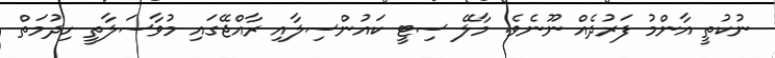
ނުކުތީ އާންމު ފަރުދެއް ނޫނެވެ. މާލޭ ސިޓީ ކައުންސިލާއި ރާއްޖޭގައި މުވާސަލާތީ ހިދުމަތް